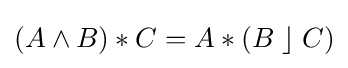
(A\wedge B)*C=A*(B\;\rfloor \;C)